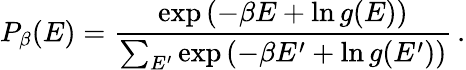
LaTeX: P_{\beta}(E)=\frac{\exp\left(-\beta E+\ln g(E)\right)}{\sum_{E^{\prime}}\exp\left(-\beta E^{\prime}+\ln g(E^{\prime})\right)}\, .